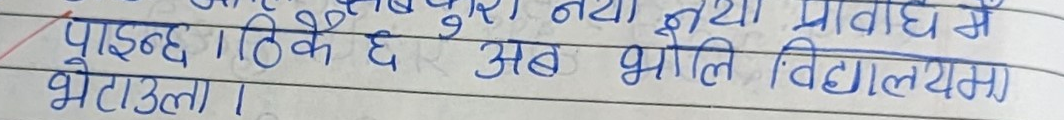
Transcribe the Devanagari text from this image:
पाइन्छ । ठिकै छ अब भोलि विद्यालयमा भेटाउला ।